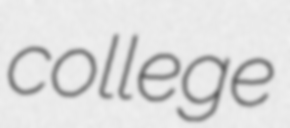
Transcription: college